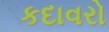
કદાવરો